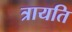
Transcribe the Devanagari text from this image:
त्रायति